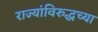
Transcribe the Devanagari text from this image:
राज्यांविरुद्धच्या